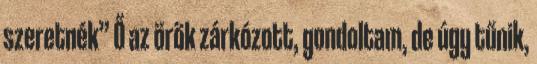
szeretnék” Ő az örök zárkózott, gondoltam, de úgy tűnik,